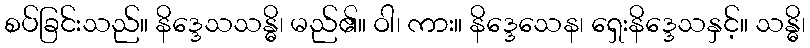
စပ်ခြင်းသည်။ နိဒ္ဒေသသန္ဓိ၊ မည်၏။ ဝါ၊ ကား။ နိဒ္ဒေသေန၊ ရှေးနိဒ္ဒေသနှင့်။ သန္ဓိ၊